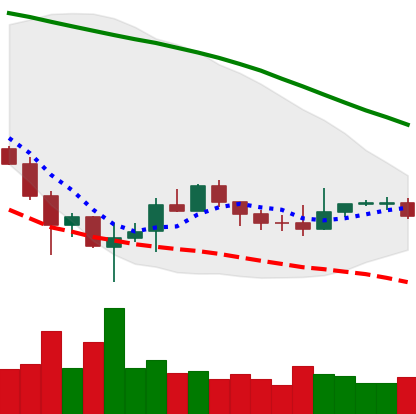
Ticker: BTC-USD
Chart end date: 2019-12-09
Forward return: -3.732%
Label: down_3_5